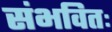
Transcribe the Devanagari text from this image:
संभवितः